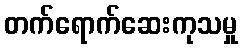
တက်ရောက်ဆေးကုသမှု